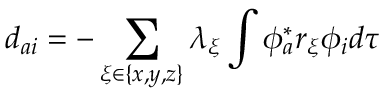
d _ { a i } = - \sum _ { \xi \in \{ x , y , z \} } \lambda _ { \xi } \int \phi _ { a } ^ { * } r _ { \xi } \phi _ { i } d \tau